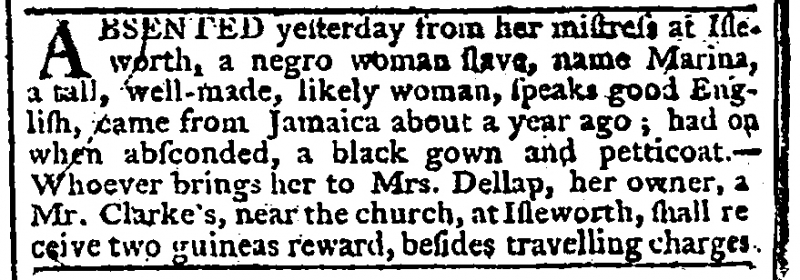
Gazetteer and New Daily Advertiser, 27 May 1765 (England)
ABSENTED yesterday from her mistress at Isleworth, a negro woman slave, name Marina, a tall, well-made, likely woman, speaks good English, came from Jamaica about a year ago; had on when absconded, a black gown and petticoat. – Whoever brings her to Mrs. Dellap, her owner, a[t] Mr. Clarke’s, near the church, at Isleworth, shall receive two guineas reward, besides travelling charges.